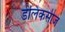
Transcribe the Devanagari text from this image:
डेलिकसीज